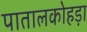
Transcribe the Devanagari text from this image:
पातालकोहड़ा